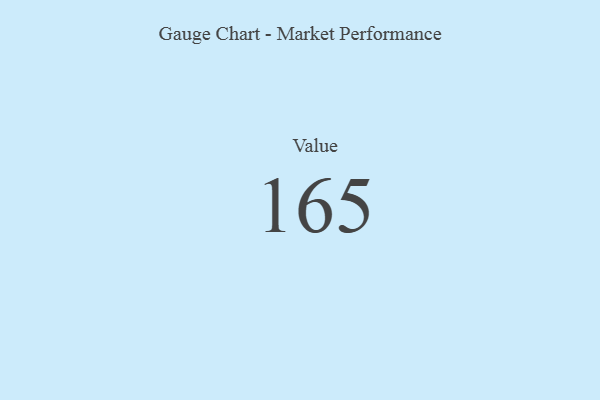
{"axis": {"x": "Metric", "y": "Value"}, "legend": [""], "data": [{"x": "Value", "y": 165, "type": ""}]}